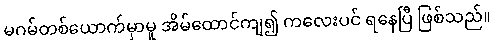
မဂမ်တစ်ယောက်မှာမူ အိမ်ထောင်ကျ၍ ကလေးပင် ရနေပြီ ဖြစ်သည်။